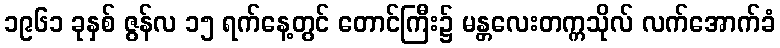
၁၉၆၁ ခုနှစ် ဇွန်လ ၁၅ ရက်နေ့တွင် တောင်ကြီး၌ မန္တလေးတက္ကသိုလ် လက်အောက်ခံ